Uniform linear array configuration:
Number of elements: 12
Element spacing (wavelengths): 0.5
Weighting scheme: exponential
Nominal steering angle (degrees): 0
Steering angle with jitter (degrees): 1.821
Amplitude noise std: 0.05
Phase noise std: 0.05

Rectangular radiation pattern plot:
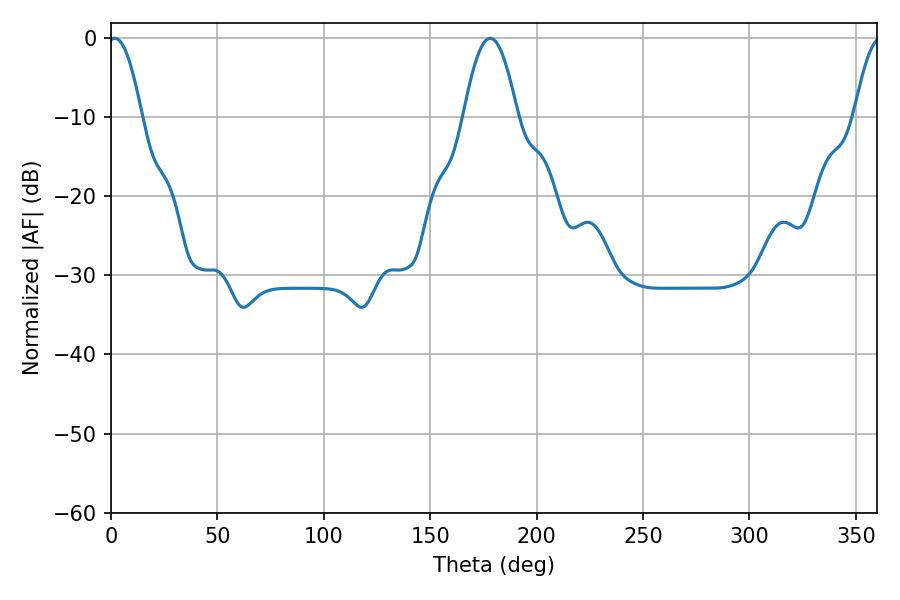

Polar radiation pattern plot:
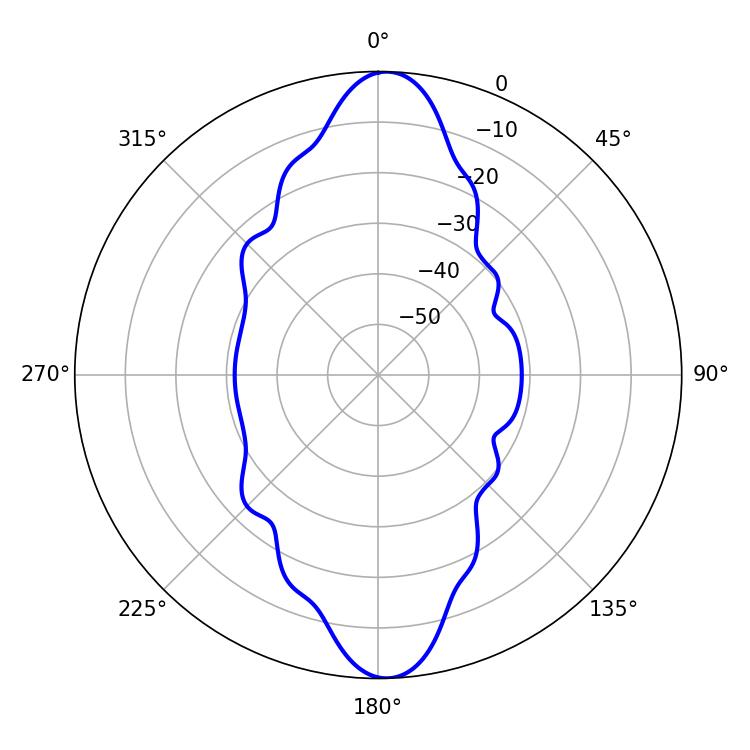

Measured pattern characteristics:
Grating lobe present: FALSE
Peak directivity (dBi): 22.471
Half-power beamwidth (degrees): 8.64
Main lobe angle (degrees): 1.8